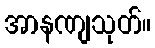
အာနဏျသုတ်။